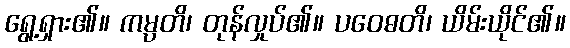
ရွေ့ရှား၏။ ကမ္ပတိ၊ တုန်လှုပ်၏။ ပဝေဓတိ၊ ယိမ်းယိုင်၏။